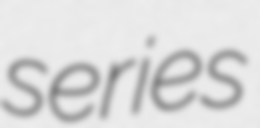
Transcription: series